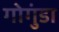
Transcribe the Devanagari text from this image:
गोगुंडा